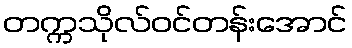
တက္ကသိုလ်ဝင်တန်းအောင်